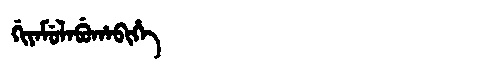
Manchu: ᡤᡳᠶᠠᠮᡠᠯᠠᠪᡠᡥᠠᠪᡳᡥᡝ
Romanization: GIYAMULABUHABIHE